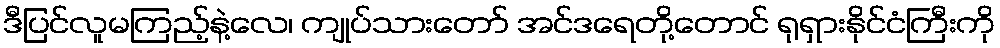
ဒီပြင်လူမကြည့်နဲ့လေ၊ ကျုပ်သားတော် အင်ဒရေတို့တောင် ရုရှားနိုင်ငံကြီးကို